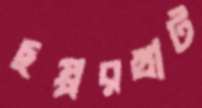
ছপ্পরখাট